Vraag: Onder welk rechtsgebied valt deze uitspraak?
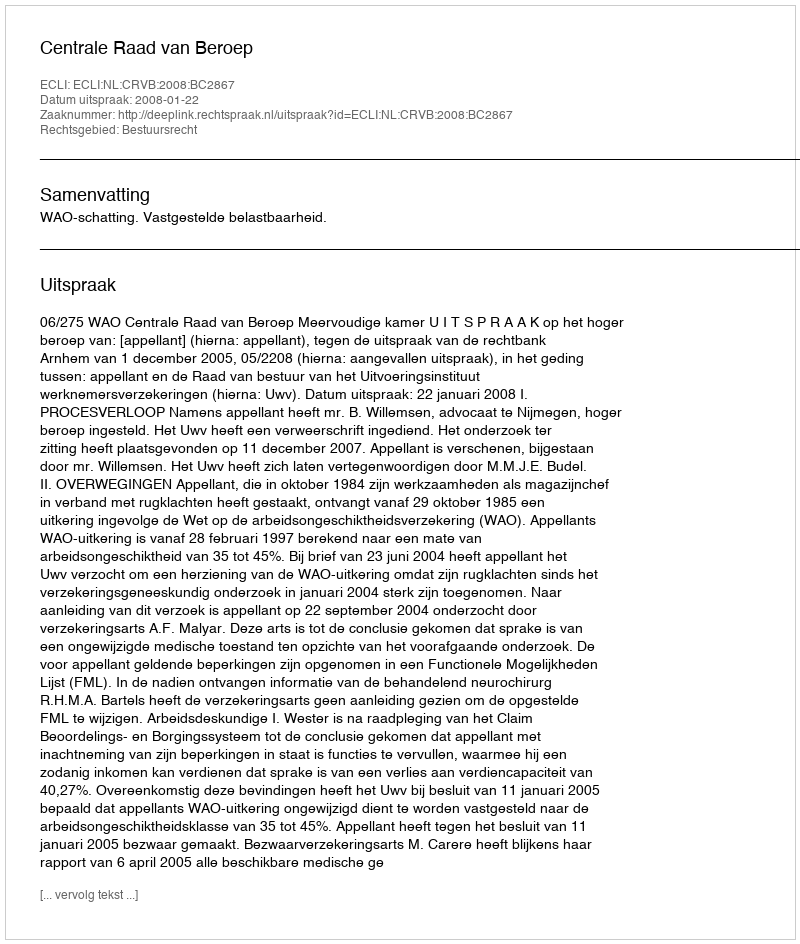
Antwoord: Bestuursrecht